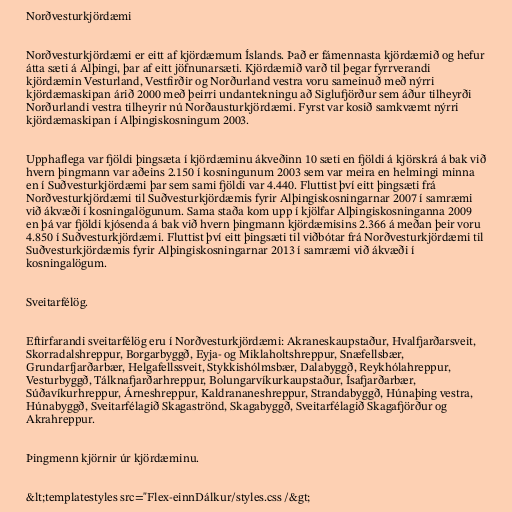
Norðvesturkjördæmi

Norðvesturkjördæmi er eitt af kjördæmum Íslands. Það er fámennasta kjördæmið og hefur
átta sæti á Alþingi, þar af eitt jöfnunarsæti. Kjördæmið varð til þegar fyrrverandi
kjördæmin Vesturland, Vestfirðir og Norðurland vestra voru sameinuð með nýrri
kjördæmaskipan árið 2000 með þeirri undantekningu að Siglufjörður sem áður tilheyrði
Norðurlandi vestra tilheyrir nú Norðausturkjördæmi. Fyrst var kosið samkvæmt nýrri
kjördæmaskipan í Alþingiskosningum 2003.

Upphaflega var fjöldi þingsæta í kjördæminu ákveðinn 10 sæti en fjöldi á kjörskrá á bak við
hvern þingmann var aðeins 2.150 í kosningunum 2003 sem var meira en helmingi minna
en í Suðvesturkjördæmi þar sem sami fjöldi var 4.440. Fluttist því eitt þingsæti frá
Norðvesturkjördæmi til Suðvesturkjördæmis fyrir Alþingiskosningarnar 2007 í samræmi
við ákvæði í kosningalögunum. Sama staða kom upp í kjölfar Alþingiskosninganna 2009
en þá var fjöldi kjósenda á bak við hvern þingmann kjördæmisins 2.366 á meðan þeir voru
4.850 í Suðvesturkjördæmi. Fluttist því eitt þingsæti til viðbótar frá Norðvesturkjördæmi til
Suðvesturkjördæmis fyrir Alþingiskosningarnar 2013 í samræmi við ákvæði í
kosningalögum.

Sveitarfélög.

Eftirfarandi sveitarfélög eru í Norðvesturkjördæmi: Akraneskaupstaður, Hvalfjarðarsveit,
Skorradalshreppur, Borgarbyggð, Eyja- og Miklaholtshreppur, Snæfellsbær,
Grundarfjarðarbær, Helgafellssveit, Stykkishólmsbær, Dalabyggð, Reykhólahreppur,
Vesturbyggð, Tálknafjarðarhreppur, Bolungarvíkurkaupstaður, Ísafjarðarbær,
Súðavíkurhreppur, Árneshreppur, Kaldrananeshreppur, Strandabyggð, Húnaþing vestra,
Húnabyggð, Sveitarfélagið Skagaströnd, Skagabyggð, Sveitarfélagið Skagafjörður og
Akrahreppur.

Þingmenn kjörnir úr kjördæminu.

&lt;templatestyles src="Flex-einnDálkur/styles.css /&gt;